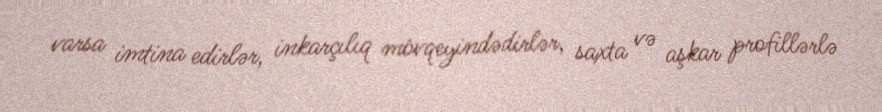
varsa imtina edirlər, inkarçılıq mövqeyindədirlər, saxta və aşkar profillərlə